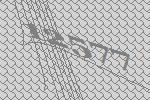
12577